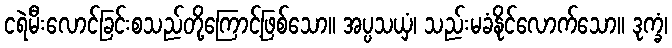
ငရဲမီးလောင်ခြင်းစသည်တို့ကြောင့်ဖြစ်သော။ အပ္ပသယှံ၊ သည်းမခံနိုင်လောက်သော။ ဒုက္ခံ၊